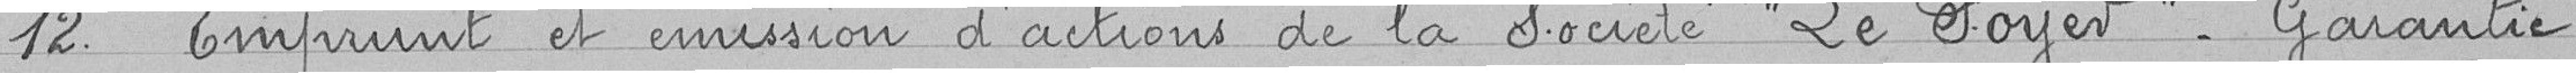
12. Emprunt et émission d'actions de la Société "Le Foyer" - Garantie